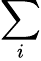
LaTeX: \sum_{i}